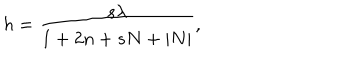
h = { \frac { s \lambda } { 1 + 2 n + s N + | N | } } ,